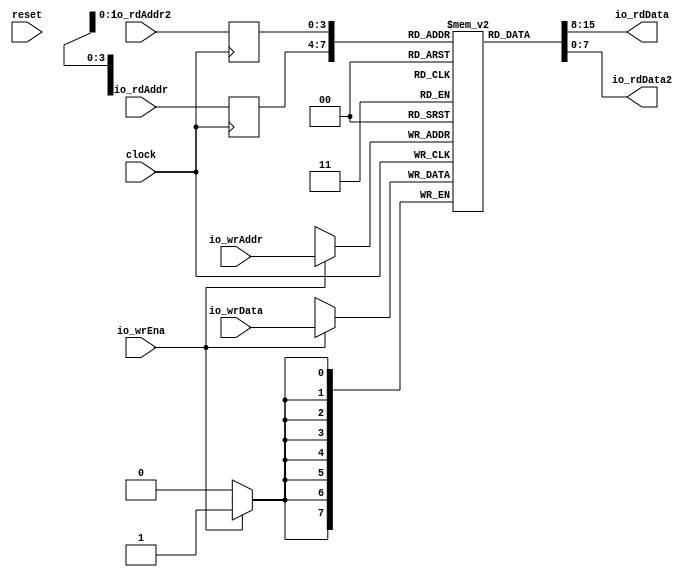
module Complex2R1WSMem( // @[:@3.2]
  input        clock, // @[:@4.4]
  input        reset, // @[:@5.4]
  input  [3:0] io_rdAddr, // @[:@6.4]
  output [7:0] io_rdData, // @[:@6.4]
  input  [3:0] io_rdAddr2, // @[:@6.4]
  output [7:0] io_rdData2, // @[:@6.4]
  input        io_wrEna, // @[:@6.4]
  input  [7:0] io_wrData, // @[:@6.4]
  input  [3:0] io_wrAddr // @[:@6.4]
);
`ifdef RANDOMIZE_MEM_INIT
  reg [31:0] _RAND_0;
`endif // RANDOMIZE_MEM_INIT
`ifdef RANDOMIZE_REG_INIT
  reg [31:0] _RAND_1;
  reg [31:0] _RAND_2;
`endif // RANDOMIZE_REG_INIT
  reg [7:0] mem [0:15]; // @[Complex2R1WSMem.scala 21:24:@8.4]
  wire  mem__T_21_en; // @[Complex2R1WSMem.scala 21:24:@8.4]
  wire [3:0] mem__T_21_addr; // @[Complex2R1WSMem.scala 21:24:@8.4]
  wire [7:0] mem__T_21_data; // @[Complex2R1WSMem.scala 21:24:@8.4]
  wire  mem__T_22_en; // @[Complex2R1WSMem.scala 21:24:@8.4]
  wire [3:0] mem__T_22_addr; // @[Complex2R1WSMem.scala 21:24:@8.4]
  wire [7:0] mem__T_22_data; // @[Complex2R1WSMem.scala 21:24:@8.4]
  wire [7:0] mem__T_23_data; // @[Complex2R1WSMem.scala 21:24:@8.4]
  wire [3:0] mem__T_23_addr; // @[Complex2R1WSMem.scala 21:24:@8.4]
  wire  mem__T_23_mask; // @[Complex2R1WSMem.scala 21:24:@8.4]
  wire  mem__T_23_en; // @[Complex2R1WSMem.scala 21:24:@8.4]
  reg [3:0] mem__T_21_addr_pipe_0;
  reg [3:0] mem__T_22_addr_pipe_0;
  assign mem__T_21_en = 1'h1;
  assign mem__T_21_addr = mem__T_21_addr_pipe_0;
  assign mem__T_21_data = mem[mem__T_21_addr]; // @[Complex2R1WSMem.scala 21:24:@8.4]
  assign mem__T_22_en = 1'h1;
  assign mem__T_22_addr = mem__T_22_addr_pipe_0;
  assign mem__T_22_data = mem[mem__T_22_addr]; // @[Complex2R1WSMem.scala 21:24:@8.4]
  assign mem__T_23_data = io_wrData;
  assign mem__T_23_addr = io_wrAddr;
  assign mem__T_23_mask = 1'h1;
  assign mem__T_23_en = io_wrEna;
  assign io_rdData = mem__T_21_data; // @[Complex2R1WSMem.scala 49:13:@10.4]
  assign io_rdData2 = mem__T_22_data; // @[Complex2R1WSMem.scala 50:14:@12.4]
  always @(posedge clock) begin
    if (mem__T_23_en & mem__T_23_mask) begin
      mem[mem__T_23_addr] <= mem__T_23_data; // @[Complex2R1WSMem.scala 21:24:@8.4]
    end
    mem__T_21_addr_pipe_0 <= io_rdAddr;
    mem__T_22_addr_pipe_0 <= io_rdAddr2;
  end
// Register and memory initialization
`ifdef RANDOMIZE_GARBAGE_ASSIGN
`define RANDOMIZE
`endif
`ifdef RANDOMIZE_INVALID_ASSIGN
`define RANDOMIZE
`endif
`ifdef RANDOMIZE_REG_INIT
`define RANDOMIZE
`endif
`ifdef RANDOMIZE_MEM_INIT
`define RANDOMIZE
`endif
`ifndef RANDOM
`define RANDOM $random
`endif
`ifdef RANDOMIZE_MEM_INIT
  integer initvar;
`endif
`ifndef SYNTHESIS
`ifdef FIRRTL_BEFORE_INITIAL
`FIRRTL_BEFORE_INITIAL
`endif
initial begin
  `ifdef RANDOMIZE
    `ifdef INIT_RANDOM
      `INIT_RANDOM
    `endif
    `ifndef VERILATOR
      `ifdef RANDOMIZE_DELAY
        #`RANDOMIZE_DELAY begin end
      `else
        #0.002 begin end
      `endif
    `endif
`ifdef RANDOMIZE_MEM_INIT
  _RAND_0 = {1{`RANDOM}};
  for (initvar = 0; initvar < 16; initvar = initvar+1)
    mem[initvar] = _RAND_0[7:0];
`endif // RANDOMIZE_MEM_INIT
`ifdef RANDOMIZE_REG_INIT
  _RAND_1 = {1{`RANDOM}};
  mem__T_21_addr_pipe_0 = _RAND_1[3:0];
  _RAND_2 = {1{`RANDOM}};
  mem__T_22_addr_pipe_0 = _RAND_2[3:0];
`endif // RANDOMIZE_REG_INIT
  `endif // RANDOMIZE
end // initial
`ifdef FIRRTL_AFTER_INITIAL
`FIRRTL_AFTER_INITIAL
`endif
`endif // SYNTHESIS
endmodule